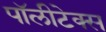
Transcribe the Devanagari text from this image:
पॉलीटेक्स